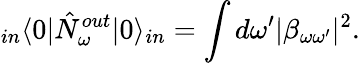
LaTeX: _{in}\langle 0|\hat{N}_{\omega}^{out}|0\rangle_{in}=\int d\omega^{\prime}|\beta_{\omega\omega^{\prime}}|^{2}.